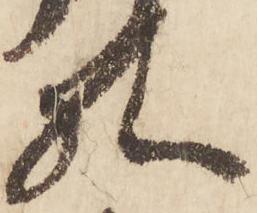
様